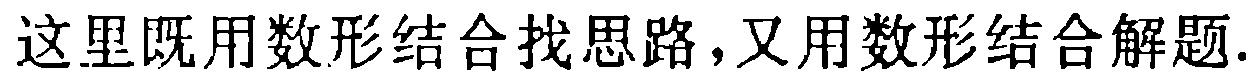
这里既用数形结合找思路，又用数形结合解题.